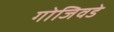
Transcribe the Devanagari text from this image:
गोजिवडे